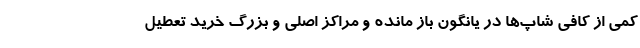
کمی از کافی شاپ‌ها در یانگون باز مانده و مراکز اصلی و بزرگ خرید تعطیل